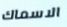
الاسماك